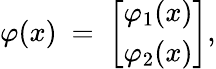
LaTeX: \varphi(x)\ =\ {\varphi_{1}(x)\brack\varphi_{2}(x)},